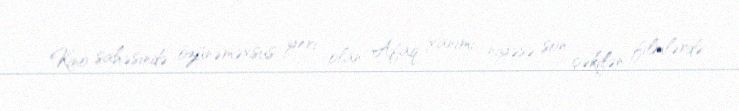
Kino sahəsində özünəməxsus yeri olan Afaq xanımı niyəsə son çəkilən filmlərdə